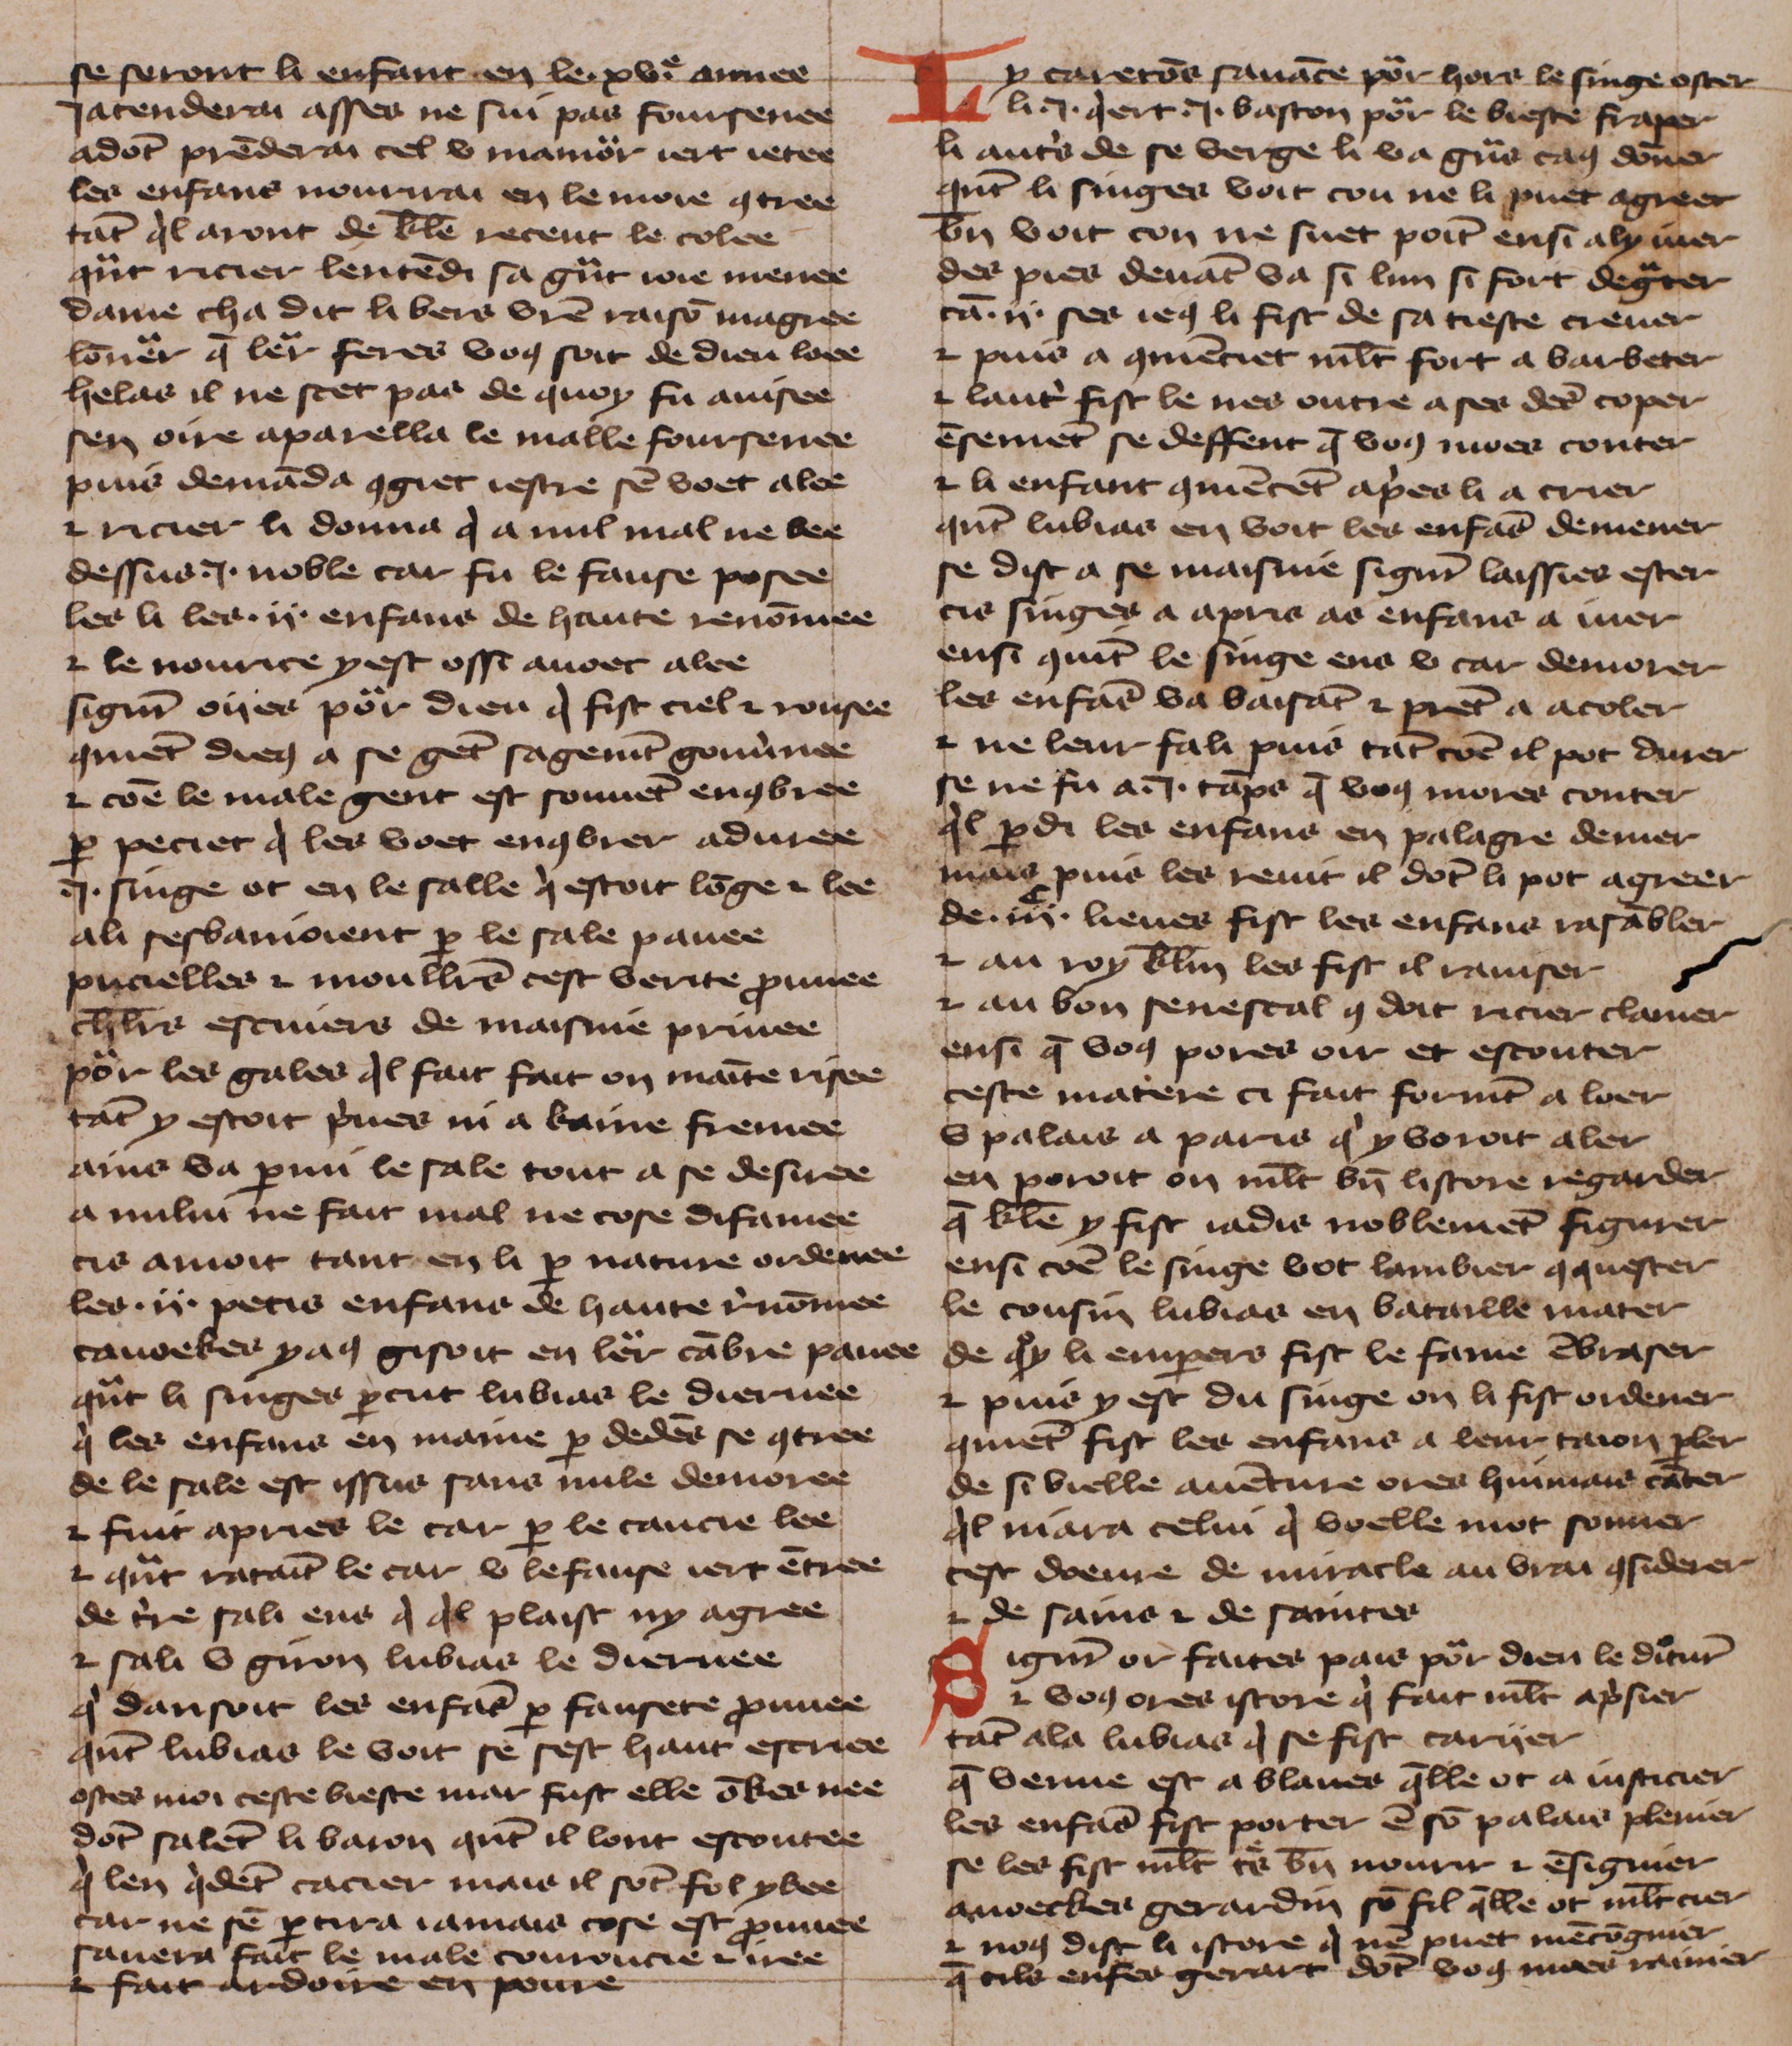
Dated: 1425–1425